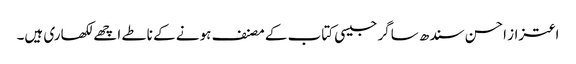
اعتزاز احسن سندھ ساگر جیسی کتاب کے مصنف ہونے کے ناطے اچھے لکھاری ہیں۔